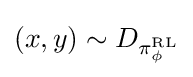
(x,y)\sim D_{\pi _{\phi }^{\text{RL}}}